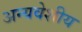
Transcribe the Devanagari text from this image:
अन्यवेशीय